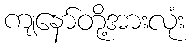
ကျနော်တို့အားလုံး